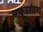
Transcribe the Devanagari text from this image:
लाकूडतोडया